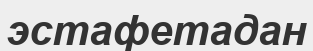
эстафетадан